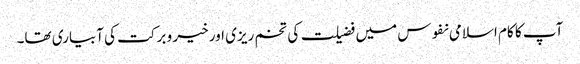
آپ کا کام اسلامی نفوس میں فضیلت کی تخم ریزی اور خیر و برکت کی آبیاری تھا۔